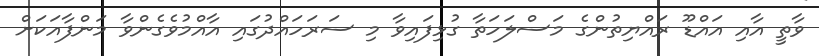
ވާތީ އާއި އައްޑޫ ރައްޔިތުންގެ މަސްލަހަތާ ގުޅިފައިވާ މި ސަރަހައްދުގައި އާއްމުވެގެންވާ މަންފާއަކަށް